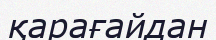
қарағайдан